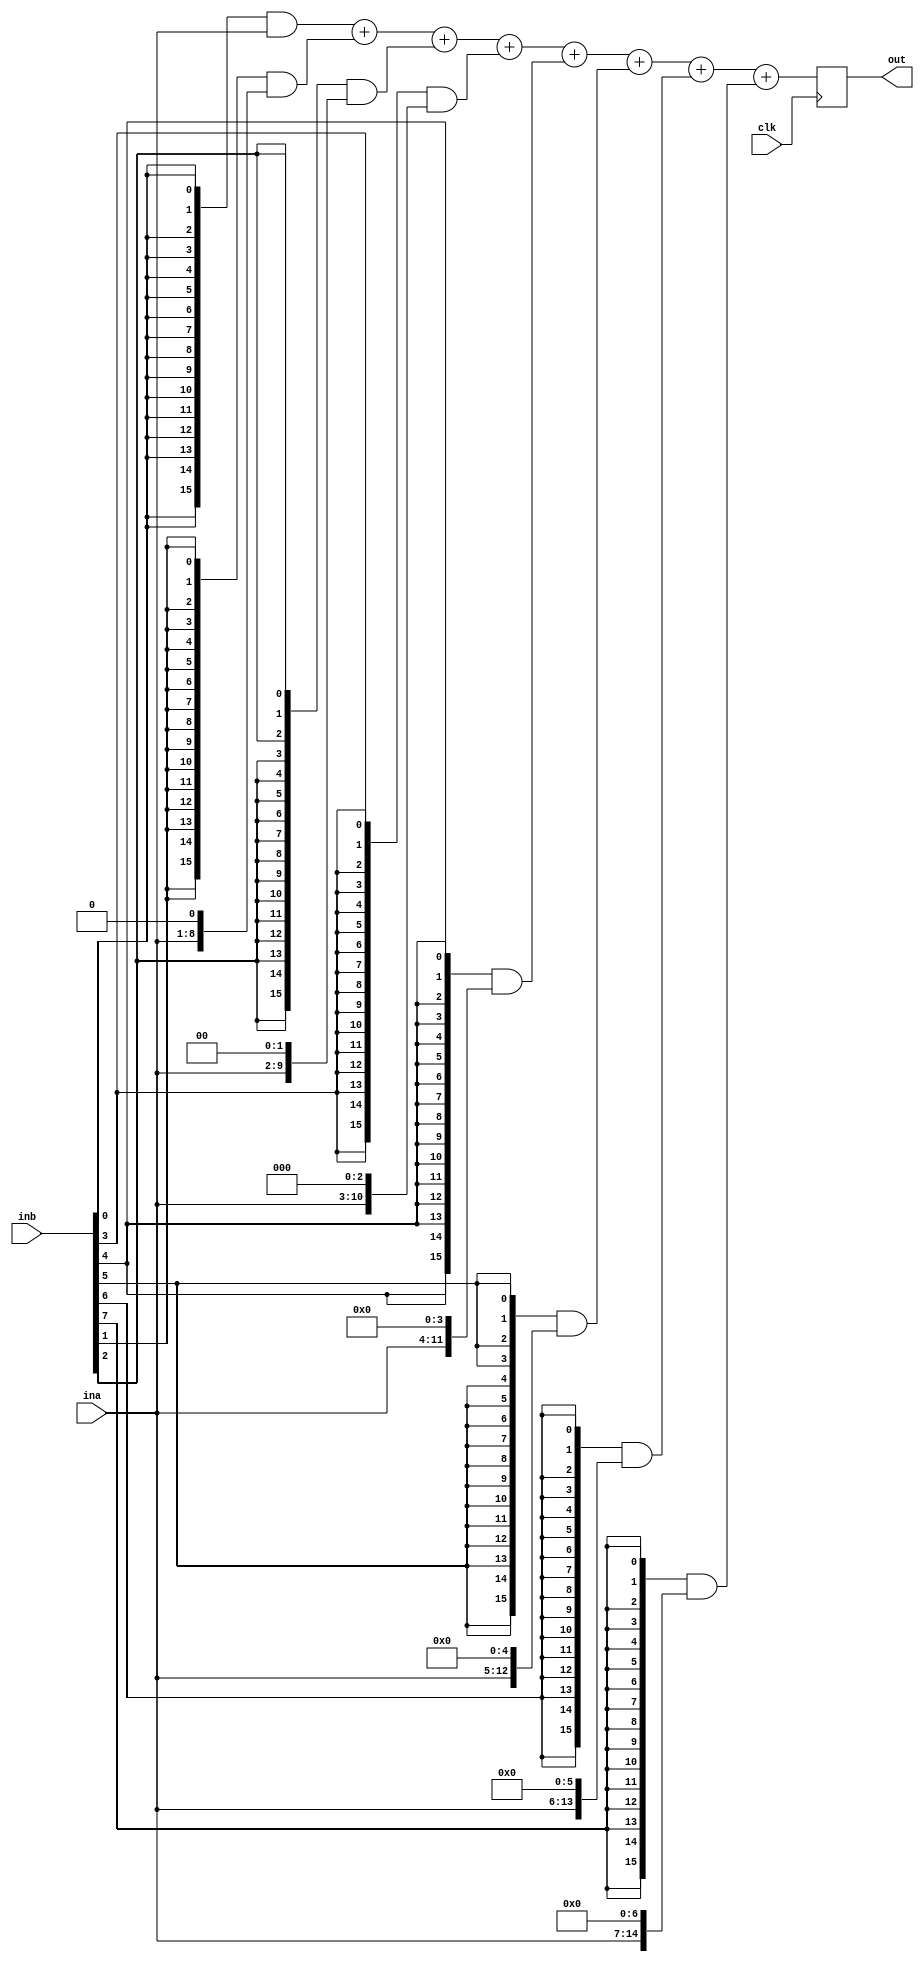
module simple_unsigned_multiplier(ina, inb, clk, out);
    parameter WIDTH=8;
    
    input [WIDTH-1: 0]          ina, inb;
    input                       clk;
    output reg [2*WIDTH - 1: 0] out;
    
    wire[2*WIDTH-1 : 0]         partial_sum[0:WIDTH-1];

    genvar i;

    assign partial_sum[0] = {(2*WIDTH){inb[0]}} & ina; 
    
    generate
            for(i = 1; i < WIDTH; i = i + 1) begin : mult_stage
                assign partial_sum[i] = partial_sum[i-1] + ({(2*WIDTH){inb[i]}} & (ina << i));
            end
    endgenerate
    
    always @(posedge clk) out = partial_sum[WIDTH-1];
endmodule